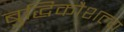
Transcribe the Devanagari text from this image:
बुद्धिकौशल्य